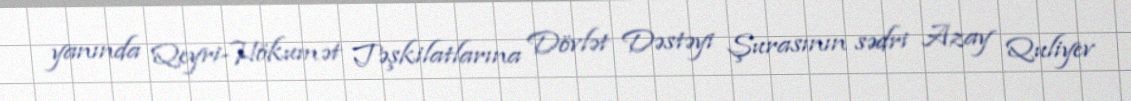
yanında Qeyri-Hökumət Təşkilatlarına Dövlət Dəstəyi Şurasının sədri Azay Quliyev